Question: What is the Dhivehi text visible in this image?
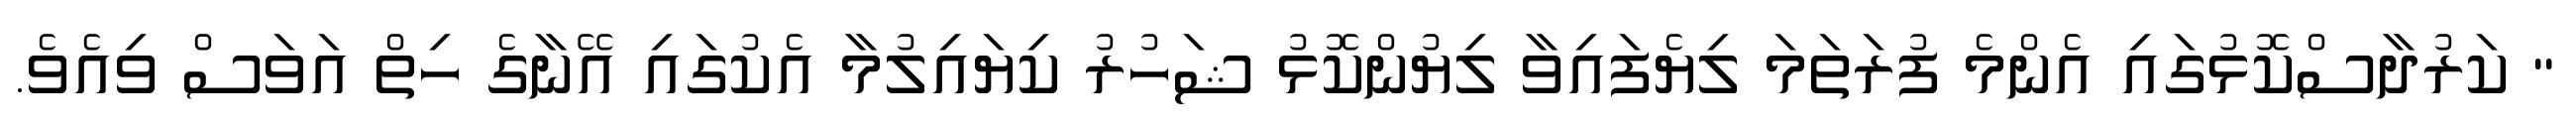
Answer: " ކަރުދާސްކޮޅުގައި އެންމެ ފުރަތަމަ ލިޔެފައިވާ ލިޔުންކޮޅު ޝަހުރު ކިޔައިލުމާ އެކުގައި އޭނާގެ ހިތް އަވަސް ވިއެވެ.